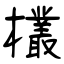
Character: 欉